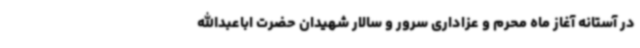
در آستانه آغاز ماه محرم و عزاداری سرور و سالار شهیدان حضرت اباعبدالله